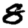
Digit: 8